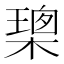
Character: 𭫢